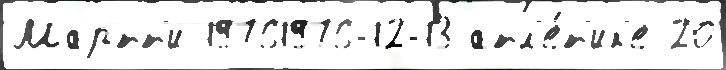
Мартт'и 19761976-12-13 атл'е́т'ик'е 20